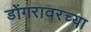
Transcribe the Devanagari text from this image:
डोंगरावरच्या